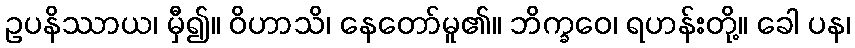
ဥပနိဿာယ၊ မှီ၍။ ဝိဟာသိ၊ နေတော်မူ၏။ ဘိက္ခဝေ၊ ရဟန်းတို့။ ခေါ ပန၊